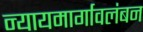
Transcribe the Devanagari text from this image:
न्यायमार्गावलंबन